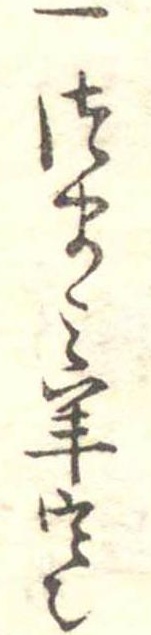
一つまみ羊寒